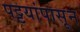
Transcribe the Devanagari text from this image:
पट्टयांपासून